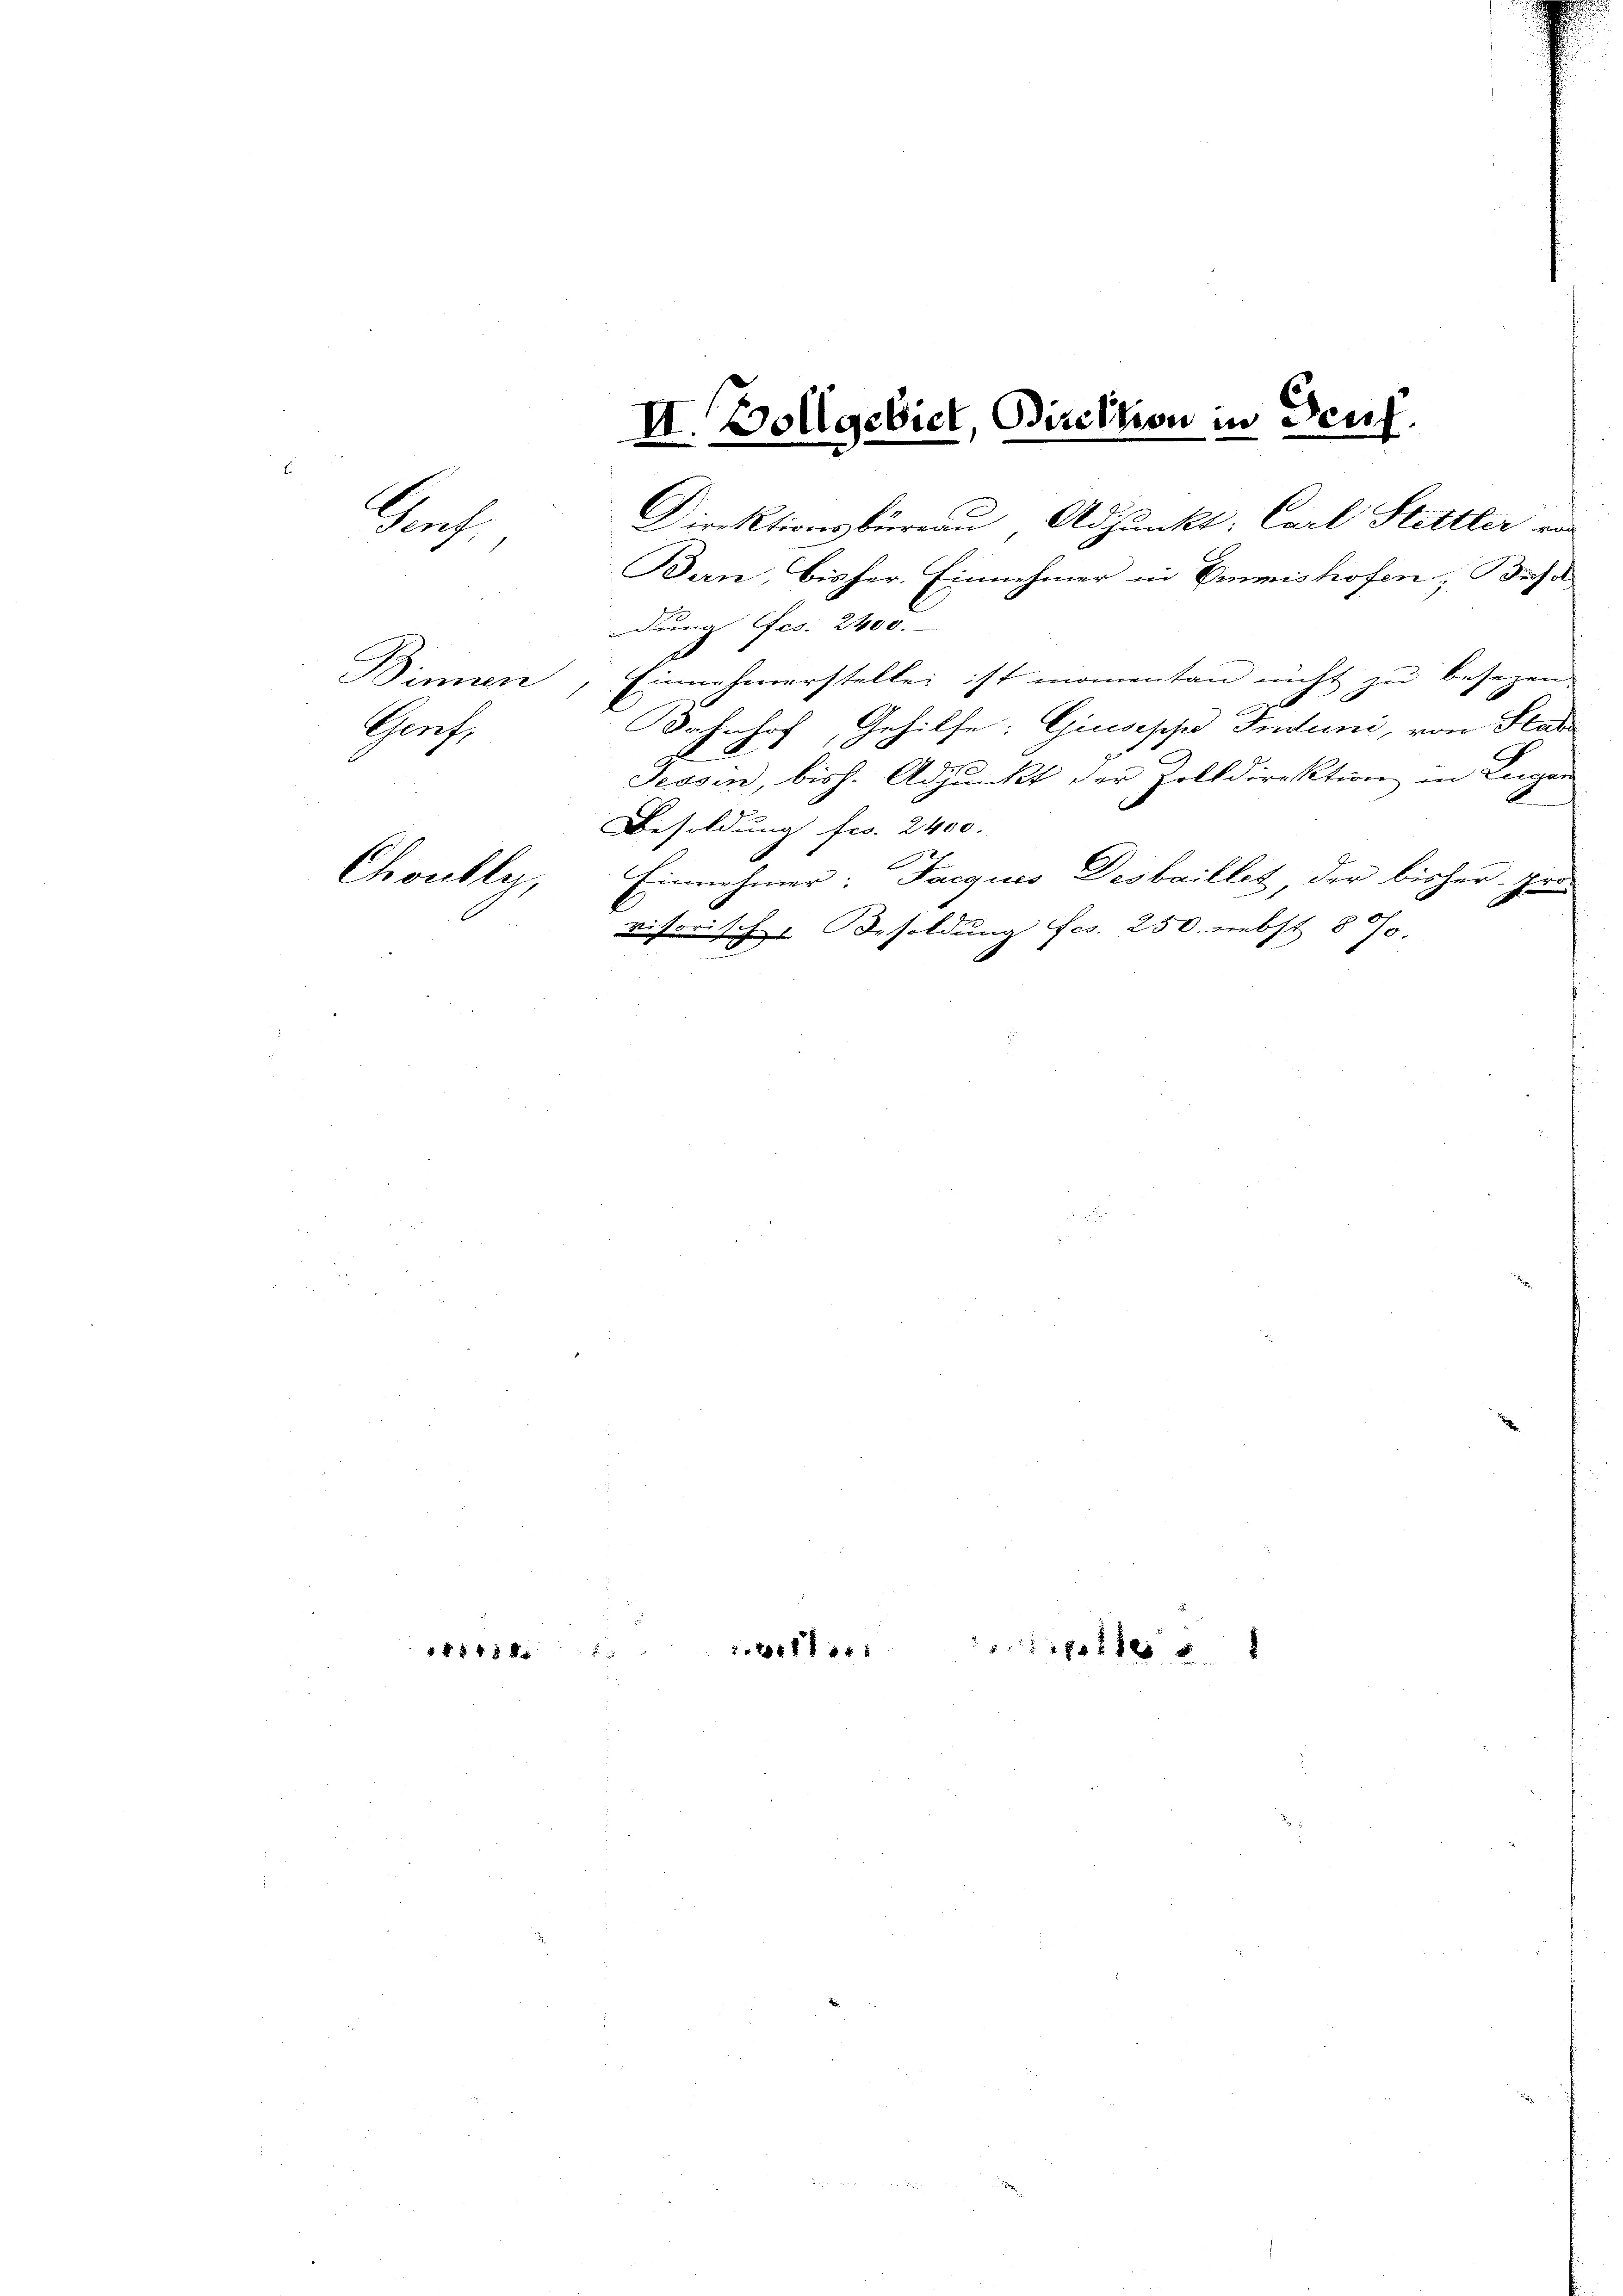
Binnen
Porf.

Prof.

Choully,

f 48 x

I.

vollgebiet, Direktion in Teuf

211 f 24 x

18 xxxx

Direktionsbüreau, Adjunkt: Carl Stettler von
Bern, bisher. Einnehmer in Emmishofen, Beha
dung fes. 2400.
Einnehmerstellei ist momenten nicht zu besezen
I
Bahnhof, Gehilfe: Giusische Induni, von Stat
Tessin, bish. Adjunkt der Zolldirektion in Lugan
Besoldung frs. 2400.
Einnahmer: Jacquis Desbaillet der bisher-
Herr
visorische Besoldung fes. 250. nebst 8 Jo.